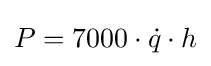
P=7000\cdot {\dot {q}}\cdot h